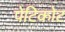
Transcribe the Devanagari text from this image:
पेटिकोट